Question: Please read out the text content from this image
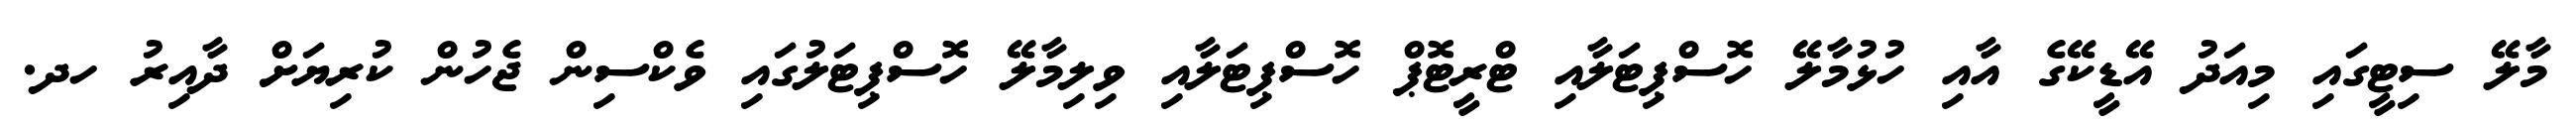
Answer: މާލޭ ސިޓީގައި މިއަދު އޭޑީކޭގެ އާއި ހުޅުމާލޭ ހޮސްޕިޓަލާއި ޓްރީޓޮޕް ހޮސްޕިޓަލާއި ވިލިމާލޭ ހޮސްޕިޓަލުގައި ވެކްސިން ޖެހުން ކުރިޔަށް ދާއިރު ހދ.